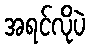
အရင်လိုပဲ